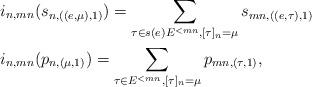
LaTeX: \begin{align*}& i_{n,mn}(s_{n,((e,\mu),1)}) = \sum_{\tau \in s(e) E^{<mn}, [\tau]_n = \mu} s_{mn,((e,\tau),1)} \\ & i_{n,mn}(p_{n,(\mu,1)}) = \sum_{\tau \in E^{<mn}, [\tau]_n = \mu} p_{mn,(\tau,1)},\end{align*}